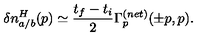
\delta n _ { a / b } ^ { H } ( p ) \simeq \frac { t _ { f } - t _ { i } } { 2 } \Gamma _ { p } ^ { ( n e t ) } ( \pm p , p ) .